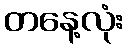
တနေ့လုံး